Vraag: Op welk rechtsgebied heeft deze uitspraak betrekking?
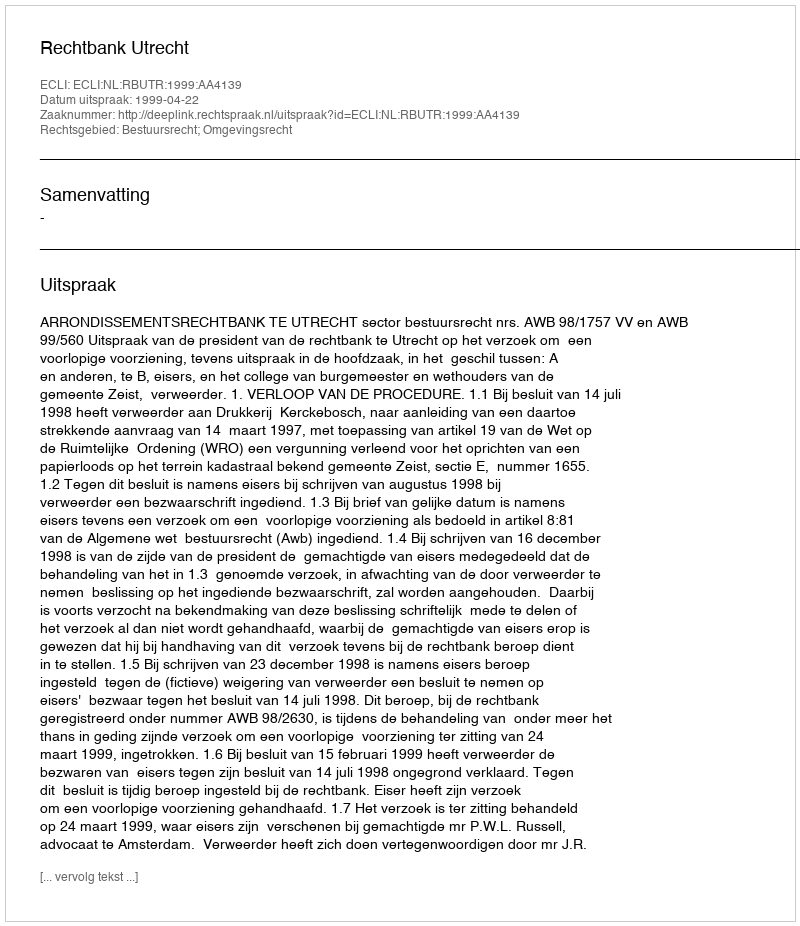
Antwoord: Bestuursrecht; Omgevingsrecht